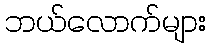
ဘယ်လောက်များ